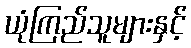
ယုံကြည်သူများနှင့်